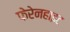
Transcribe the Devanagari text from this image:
फेरेनहाइट